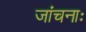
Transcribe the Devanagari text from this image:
जांचनाः